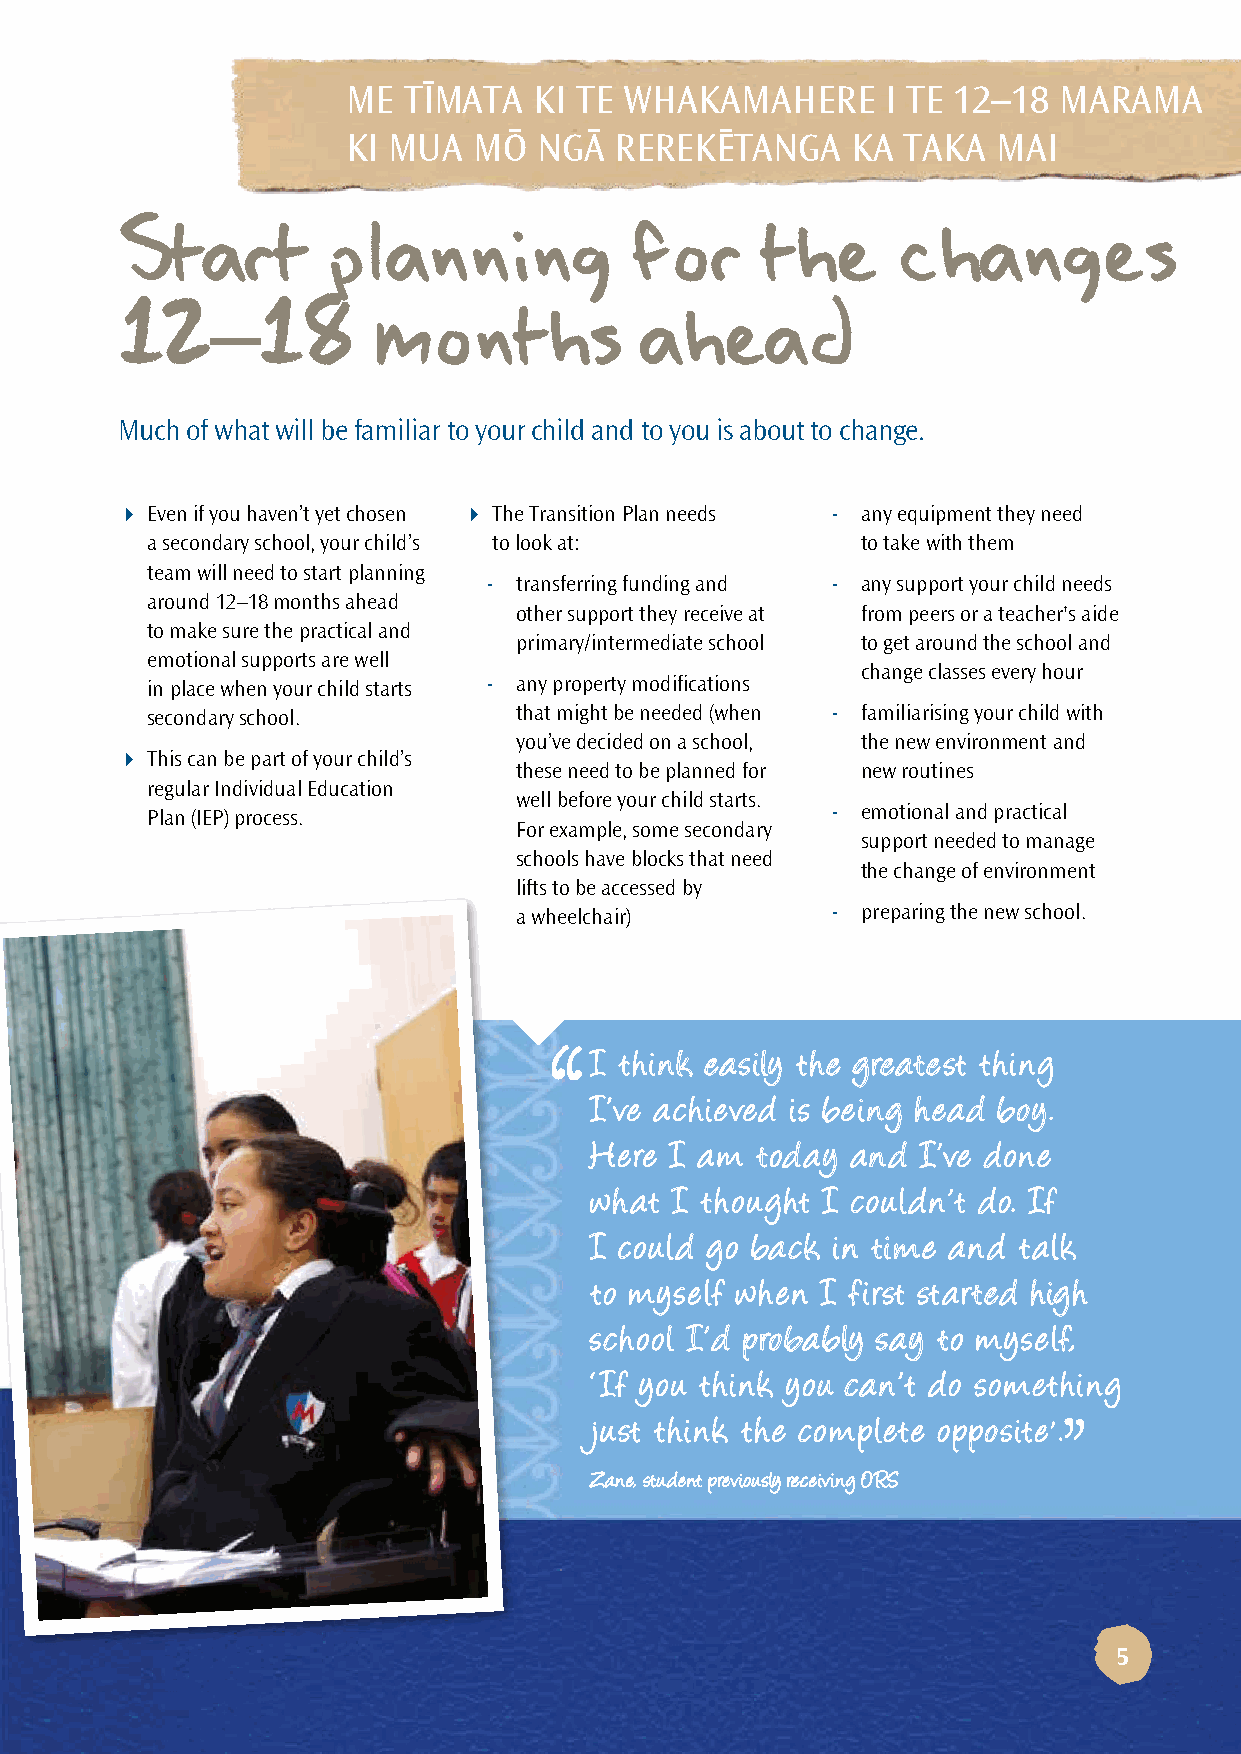
ME  TÏMATA  KI TE WHAKAMAHERE       I TE 12–18 MARAMA
 KI MUA  MÖ   NGÄ  REREKËTANGA    KA  TAKA  MAI
 Start         planning            for     the      changes
 12–18           months            ahead
 Much of what will be familiar to your child and to you is about to change.
  Even if you haven’t yet chosen  The Transition Plan needs - any equipment they need
 a secondary school, your child’s to look at:   to take with them
 team will need to start planning
 - transferring funding and - any support your child needs
 around 12–18 months ahead
 other support they receive at from peers or a teacher's aide
 to make sure the practical and
 primary/intermediate school to get around the school and
 emotional supports are well
 change classes every hour
 in place when your child starts - any property modifications
 secondary school.       that might be needed (when - familiarising your child with
 you’ve decided on a school, the new environment and
  This can be part of your child’s
 these need to be planned for new routines
 regular Individual Education
 well before your child starts.
 Plan (IEP) process.                          - emotional and practical
 For example, some secondary
 support needed to manage
 schools have blocks that need
 the change of environment
 lifts to be accessed by
 a wheelchair)        - preparing the new school.
 I think easily the greatest thing
 I’ve achieved is being head boy.
 Here I am  today and  I’ve done
 what  I thought I couldn’t do. If
 I could go back in time and talk
 to myself when I first started high
 school I’d probably say to myself,
 ‘If you think you can’t do something
 just think the complete opposite'.
 Zane, student previously receiving ORS
 5